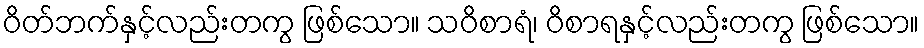
ဝိတ်ဘက်နှင့်လည်းတကွ ဖြစ်သော။ သဝိစာရံ၊ ဝိစာရနှင့်လည်းတကွ ဖြစ်သော။